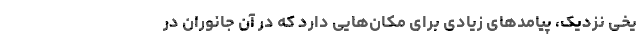
یخی نزدیک، پیامد‌های زیادی برای مکان‌هایی دارد که در آن جانوران در